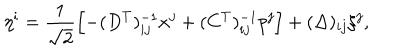
LaTeX: \eta ^ { i } = \frac { 1 } { \sqrt { 2 } } \left[ - ( D ^ { T } ) _ { i j } ^ { - 1 } x ^ { j } + ( C ^ { T } ) _ { i j } ^ { - 1 } p ^ { j } \right] + ( \Delta ) _ { i j } \xi ^ { j } ,